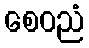
စေဝညံ